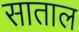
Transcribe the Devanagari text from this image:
साताल